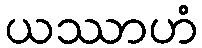
ယဿာဟံ